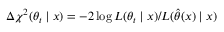
\Delta \chi ^ { 2 } ( \theta _ { t } \mid x ) = - 2 \log L ( \theta _ { t } \mid x ) / L ( \hat { \theta } ( x ) \mid x )